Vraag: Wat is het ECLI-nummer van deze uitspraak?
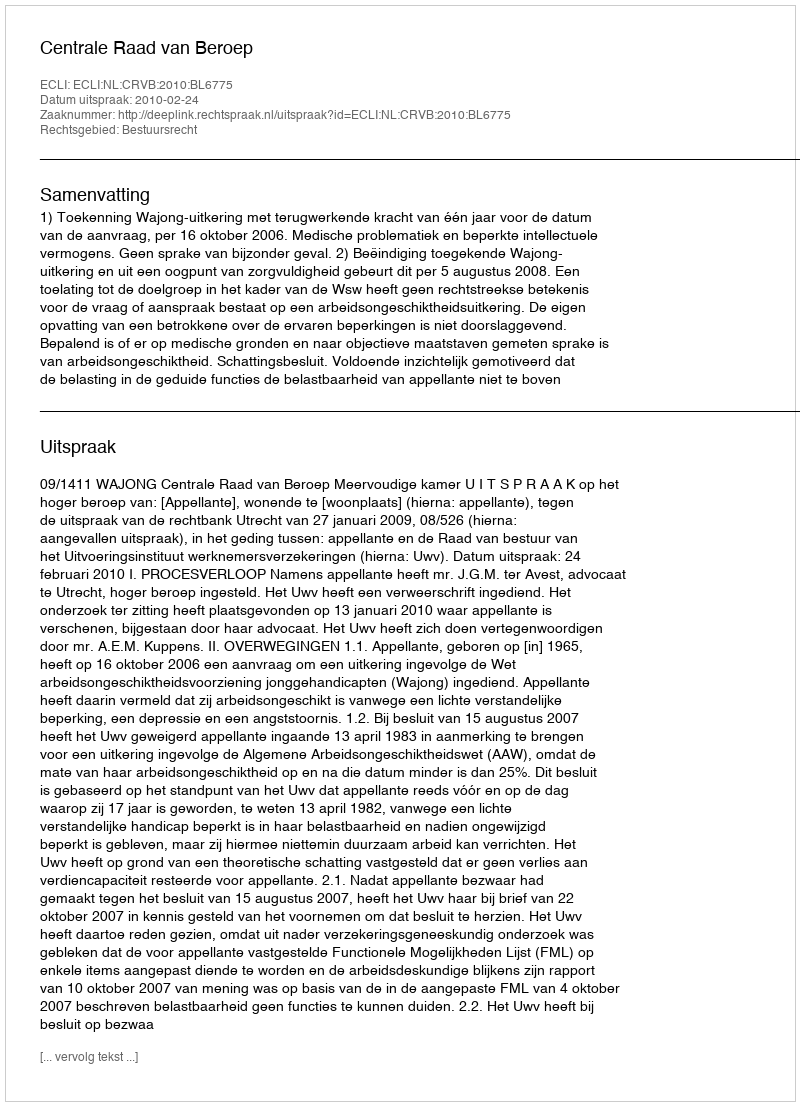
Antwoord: ECLI:NL:CRVB:2010:BL6775